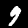
Label: 9